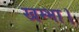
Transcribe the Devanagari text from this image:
खम्भा।